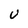
Character: U